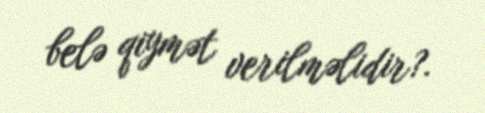
belə qiymət verilməlidir?.